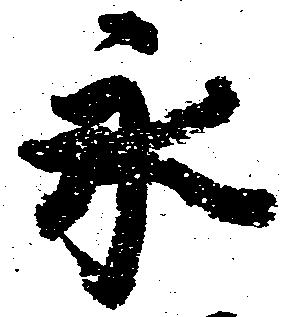
永